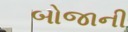
બોજાની